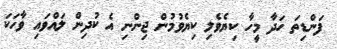
ފަންޑިތަ ހަދާ މީހާ ކިޔެވެލި ކިޔެވުމުން ޖިންނި އެ ކުދިން ލައްވައި ވާހަކަ